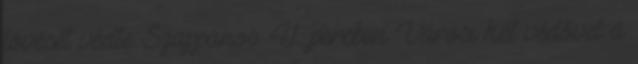
lövését védte Szappanos. 41. percben Városi két védővel a